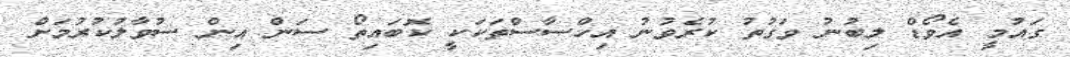
ގައުމީ އެވޯޑް ލިބުނު ވަގުތު ކުރެވުނު އިހްސާސްތަކަކީ ކޮބައިތޯ ސަން އިން ސުވާލުކުރުމަށް